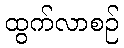
ထွက်လာစဉ်